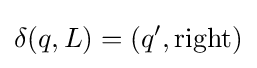
\delta (q,L)=(q^{\prime },\mathrm {right} )